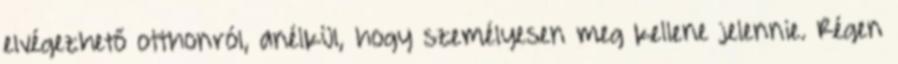
elvégezhető otthonról, anélkül, hogy személyesen meg kellene jelennie. Régen